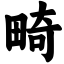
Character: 畸